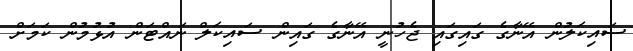
ސައިކަލުން އޭނާގެ ގައިގައި ޖެހުނީ އޭނާގެ ގައިން ސައިކަލް ނައްޓަން އުޅުމުން ކަމަށް